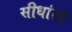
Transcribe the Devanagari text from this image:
सीधांतो